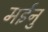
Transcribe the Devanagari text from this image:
मईनु